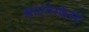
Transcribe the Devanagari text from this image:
साएंगेरफेस्ट